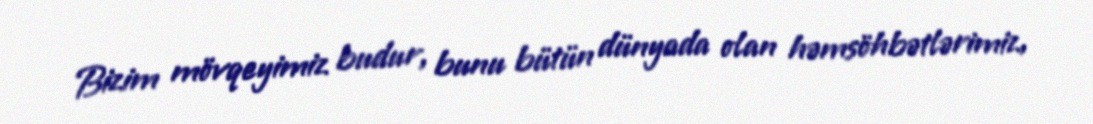
Bizim mövqeyimiz budur, bunu bütün dünyada olan həmsöhbətlərimiz,